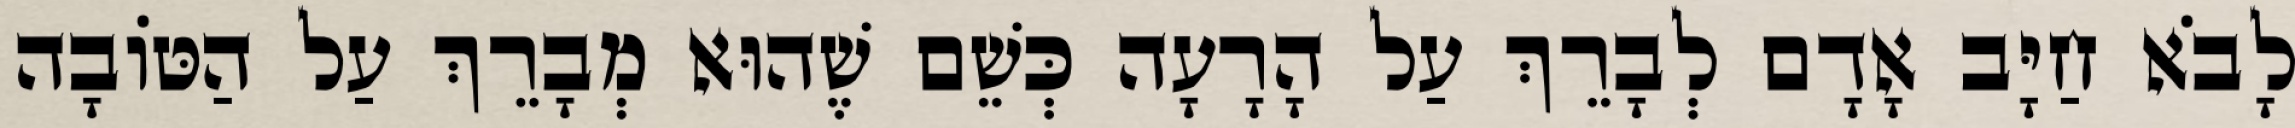
לָבֹא חַיָּב אָדָם לְבָרֵךְ עַל הָרָעָה כְּשֵׁם שֶׁהוּא מְבָרֵךְ עַל הַטּוֹבָה